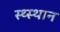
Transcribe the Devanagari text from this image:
स्‍थ्‍स्थान